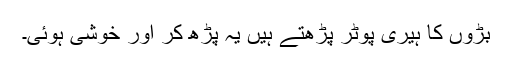
بڑوں کا ہیری پوٹر پڑھتے ہیں یہ پڑھ کر اور خوشی ہوئی۔